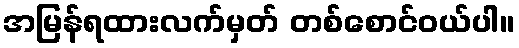
အမြန်ရထားလက်မှတ် တစ်စောင်ဝယ်ပါ။